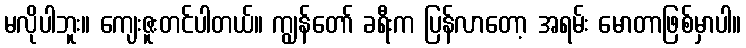
မလိုပါဘူး။ ကျေးဇူးတင်ပါတယ်။ ကျွန်တော် ခရီးက ပြန်လာတော့ အရမ်း မောတာဖြစ်မှာပါ။